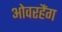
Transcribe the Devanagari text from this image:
ओवरहैंग